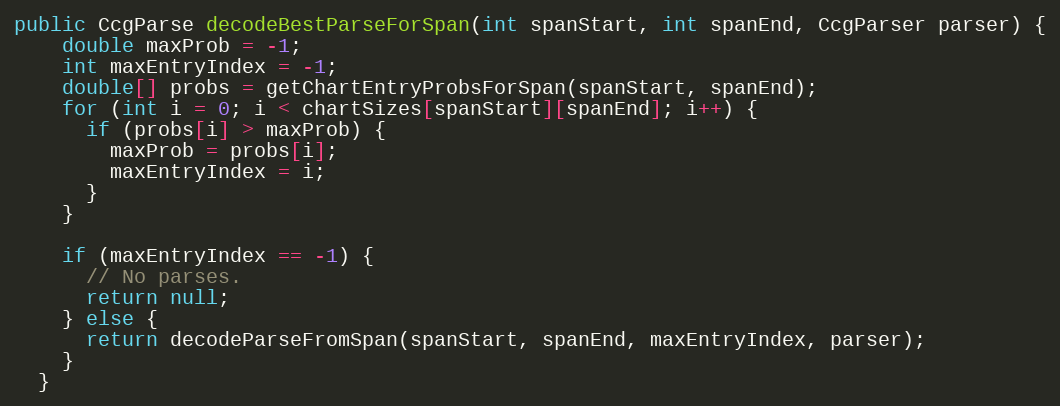
Language: Java
public CcgParse decodeBestParseForSpan(int spanStart, int spanEnd, CcgParser parser) {
    double maxProb = -1;
    int maxEntryIndex = -1;
    double[] probs = getChartEntryProbsForSpan(spanStart, spanEnd);
    for (int i = 0; i < chartSizes[spanStart][spanEnd]; i++) {
      if (probs[i] > maxProb) {
        maxProb = probs[i];
        maxEntryIndex = i;
      }
    }

    if (maxEntryIndex == -1) {
      // No parses.
      return null;
    } else {
      return decodeParseFromSpan(spanStart, spanEnd, maxEntryIndex, parser);
    }
  }